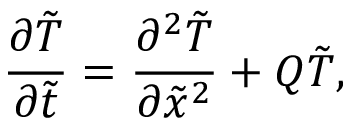
\frac { { \partial \tilde { T } } } { { \partial \tilde { t } } } = \frac { { { \partial ^ { 2 } } \tilde { T } } } { { \partial { \tilde { x } ^ { 2 } } } } + Q \tilde { T } ,